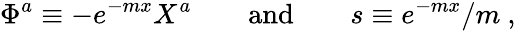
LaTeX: \Phi^{a}\equiv-e^{-mx}X^{a}\qquad\mathrm{and}\qquad s\equiv e^{-mx}/m\ ,